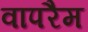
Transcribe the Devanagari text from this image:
वापरैम